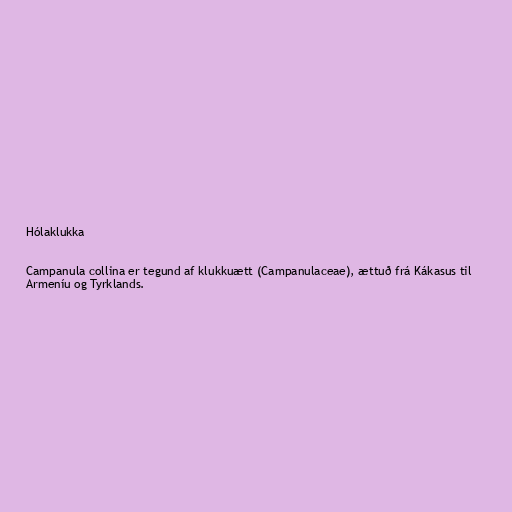
Hólaklukka

Campanula collina er tegund af klukkuætt (Campanulaceae), ættuð frá Kákasus til
Armeníu og Tyrklands.